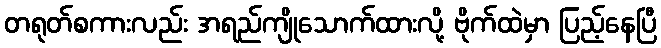
တရုတ်စကားလည်း အရည်ကျိုသောက်ထားလို့ ဗိုက်ထဲမှာ ပြည့်နေပြီ